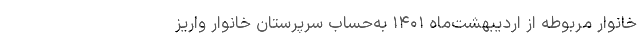
خانوار مربوطه از اردیبهشت‌ماه ۱۴۰۱ به‌حساب سرپرستان خانوار واریز